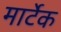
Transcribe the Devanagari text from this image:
मार्टेक